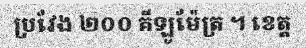
ប្រវែង ២០០ គីឡូម៉ែត្រ ។ ខេត្ត